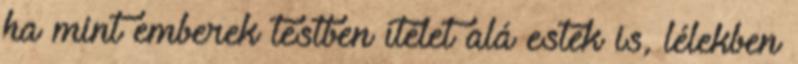
ha mint emberek testben ítélet alá estek is, lélekben